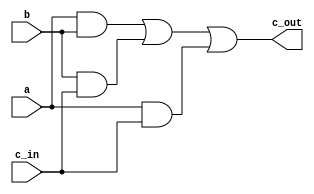
`timescale 1ns / 1ps
//////////////////////////////////////////////////////////////////////////////////
// Company: 
// Engineer: 
// 
// Design Name: 
// Module Name:    carry 
// Project Name: 
// Target Devices: 
// Tool versions: 
// Description: 
//
// Dependencies: 
//
// Revision: 
// Revision 0.01 - File Created
// Additional Comments: 
//
//////////////////////////////////////////////////////////////////////////////////
module carry(
    input a,
    input b,
    input c_in,
    output c_out
    );

wire t2, t3, t4, t5;
and g3(t2,a,b);
and g4(t3,b,c_in);
and g5(t4,a,c_in);
or g6(t5, t2, t3);
or g7(c_out, t5, t4);

endmodule